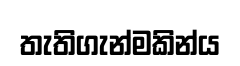
තැතිගැන්මකින්ය